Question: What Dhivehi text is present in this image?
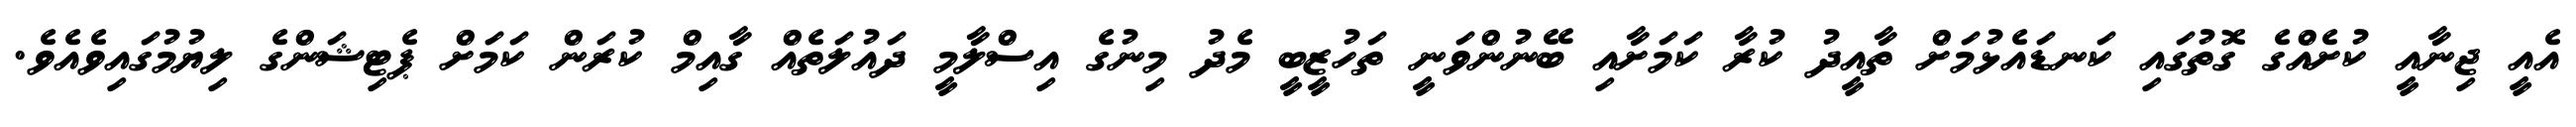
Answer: އެއީ ޖިނާއީ ކުށެއްގެ ގޮތުގައި ކަނޑައެޅުމަށް ތާއީދު ކުރާ ކަމަށާއި ބޭނުންވަނީ ތަހުޒީބީ މެދު މިނުގެ އިސްލާމީ ދައުލަތެއް ގާއިމް ކުރަން ކަމަށް ޕެޓިޝަންގެ ލިޔުމުގައިވެއެވެ.